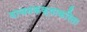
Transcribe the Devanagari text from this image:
वाचनकक्षाकरिता